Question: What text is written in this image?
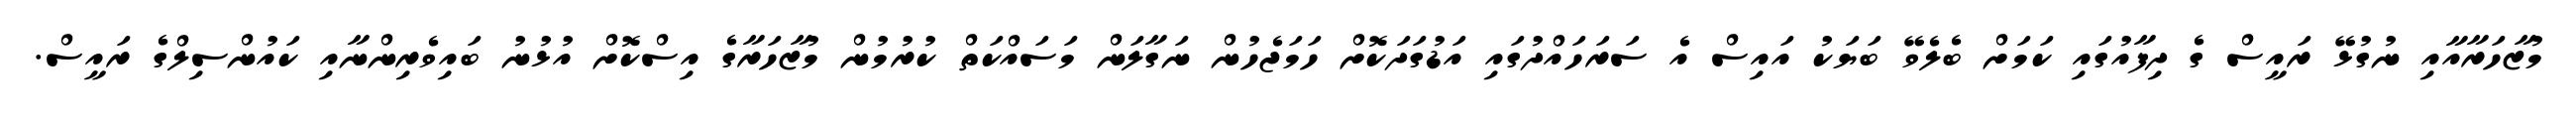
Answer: މުޒާހަރާއާއި ނުގުޅޭ ރައީސް ގެ ދިފާއުގައި ކަމަށް ބެލެވޭ ބަޔަކު އައިސް އެ ސަރަހައްދުގައި އަޑުގަދަކޮށް ހަމަޖެހުން ނަގާލަން މަސައްކަތް ކުރުމުން މުޒާހަރާގެ އިސްކޮށް އުޅުނު ބައިވެރިންނާއި ކައުންސިލްގެ ރައީސް.